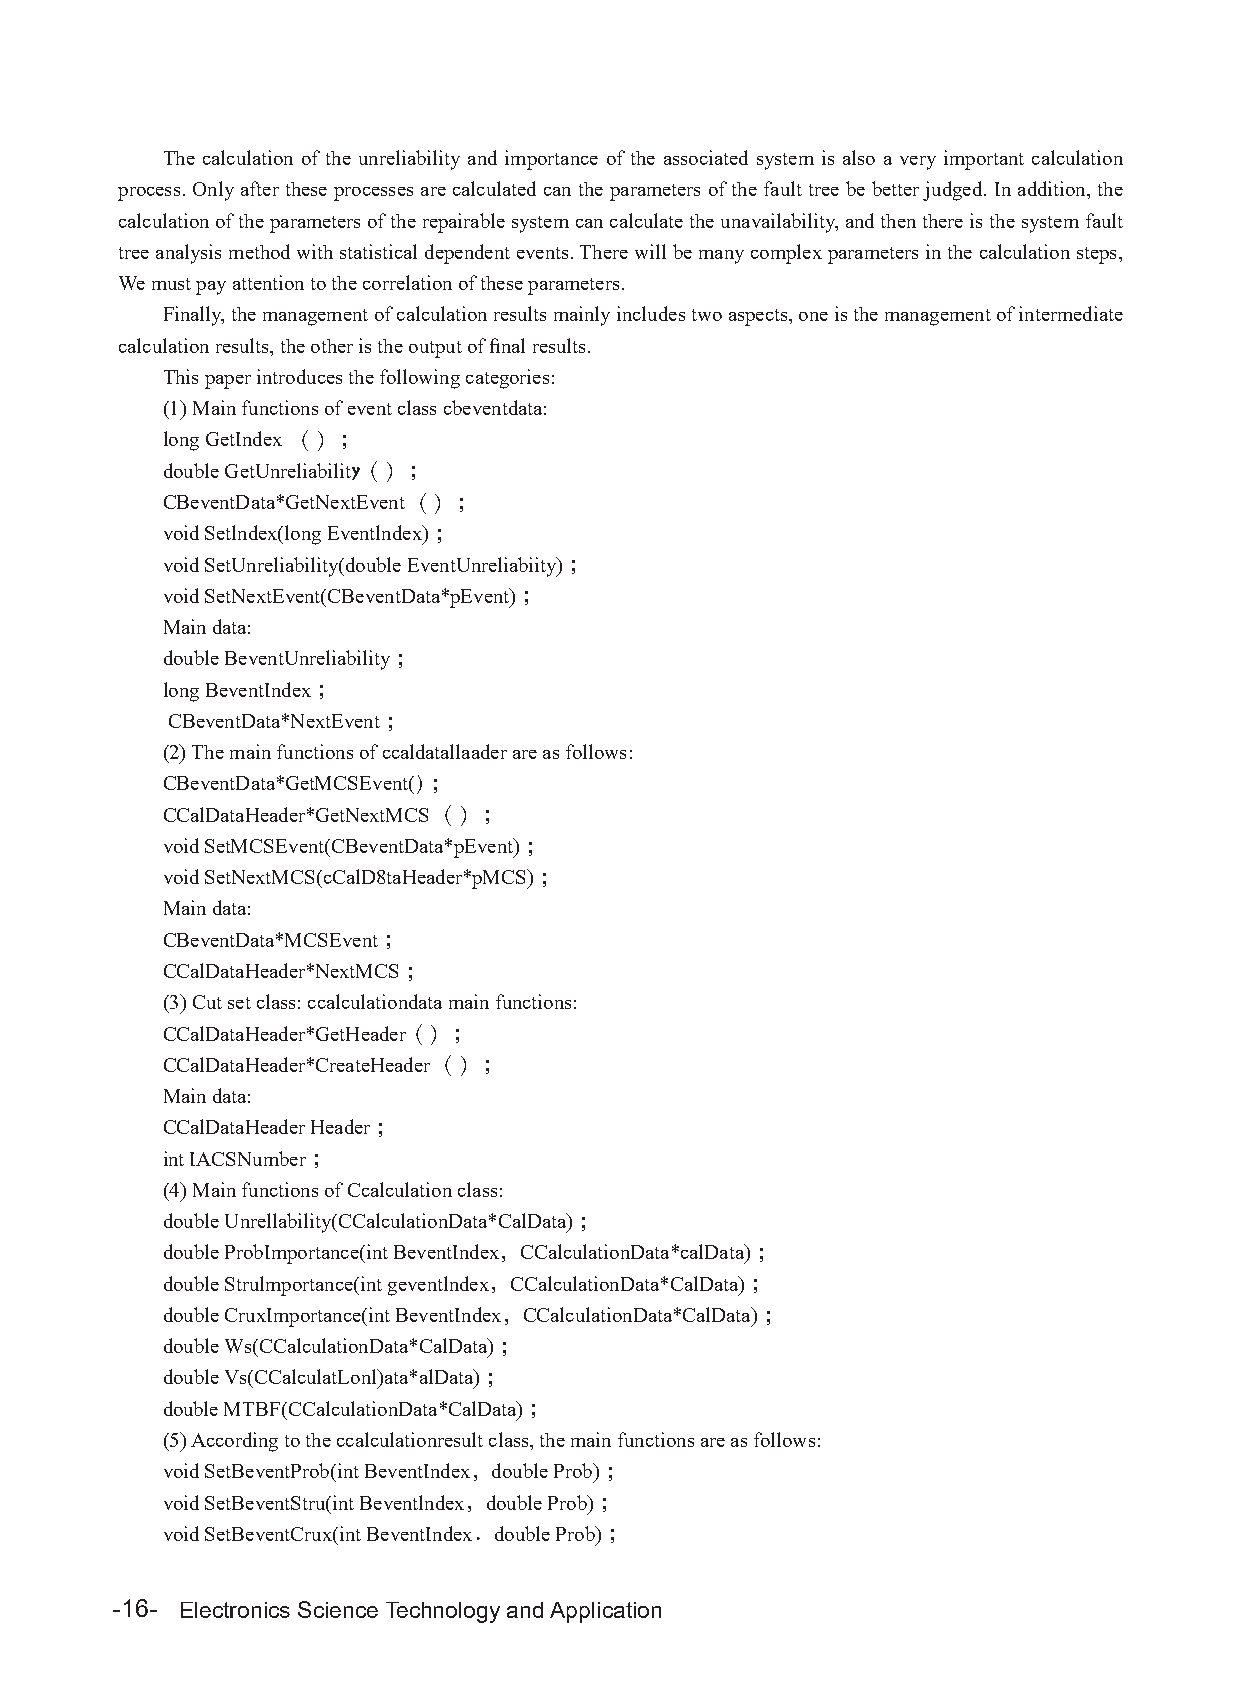
The calculation of the unreliability and importance of the associated system is also a very important calculation
 process. Only after these processes are calculated can the parameters of the fault tree be better judged. In addition, the
 calculation of the parameters of the repairable system can calculate the unavailability, and then there is the system fault
 tree analysis method with statistical dependent events. There will be many complex parameters in the calculation steps,
 We must pay attention to the correlation of these parameters.
 Finally, the management of calculation results mainly includes two aspects, one is the management of intermediate
 calculation results, the other is the output of final results.
 This paper introduces the following categories:
 (1) Main functions of event class cbeventdata:
 long GetIndex （）；
 double GetUnreliability（）；
 CBeventData*GetNextEvent （）；
 void Setlndex(long Eventlndex)；
 void SetUnreliability(double EventUnreliabiity)；
 void SetNextEvent(CBeventData*pEvent)；
 Main data:
 double BeventUnreliability；
 long BeventIndex；
 CBeventData*NextEvent；
 (2) The main functions of ccaldatallaader are as follows:
 CBeventData*GetMCSEvent()；
 CCalDataHeader*GetNextMCS （）；
 void SetMCSEvent(CBeventData*pEvent)；
 void SetNextMCS(cCalD8taHeader*pMCS)；
 Main data:
 CBeventData*MCSEvent；
 CCalDataHeader*NextMCS；
 (3) Cut set class: ccalculationdata main functions:
 CCalDataHeader*GetHeader（）；
 CCalDataHeader*CreateHeader （）；
 Main data:
 CCalDataHeader Header；
 int IACSNumber；
 (4) Main functions of Ccalculation class:
 double Unrellability(CCalculationData*CalData)；
 double ProbImportance(int BeventIndex，CCalculationData*calData)；
 double Strulmportance(int geventlndex，CCalculationData*CalData)；
 double CruxImportance(int BeventIndex，CCalculationData*CalData)；
 double Ws(CCalculationData*CalData)；
 double Vs(CCalculatLonl)ata*alData)；
 double MTBF(CCalculationData*CalData)；
 (5) According to the ccalculationresult class, the main functions are as follows:
 void SetBeventProb(int BeventIndex，double Prob)；
 void SetBeventStru(int Beventlndex，double Prob)；
 void SetBeventCrux(int BeventIndex．double Prob)；
 -16- Electronics Science Technology and Application